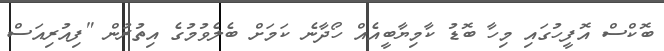
ބޮކްސް އޮފީހުގައި މިހާ ބޮޑު ކާމިޔާބީއެއް ހޯދާނެ ކަމަށް ބެލެވުމުގެ އިތުރުން "ފިއުރިއަސް